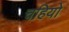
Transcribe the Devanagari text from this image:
चहियो